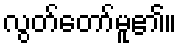
လွတ်တော်မူ၏။